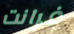
غرانت